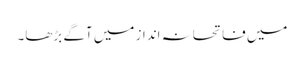
میں فاتحانہ انداز میں آگے بڑھا۔